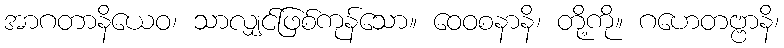
အာဂတာနိယေဝ၊ သာလျှင်ဖြစ်ကုန်သော။ ဝေဝစနာနိ၊ တို့ကို။ ဂဟေတဗ္ဗာနိ၊